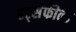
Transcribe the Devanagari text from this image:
हर्ट्सफील्ड